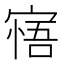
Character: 𡩺